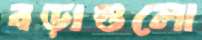
বড়াগুলো